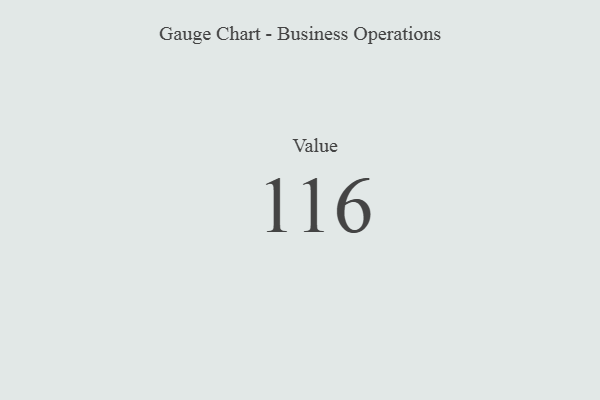
{"axis": {"x": "Metric", "y": "Value"}, "legend": [""], "data": [{"x": "Value", "y": 116, "type": ""}]}